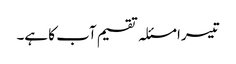
تیسرا مسئلہ تقسیم آب کا ہے۔